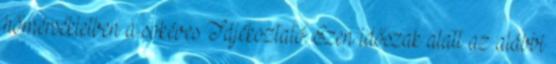
hőmérsékletben a sokéves Tájékoztató. Ezen időszak alatt az alábbi